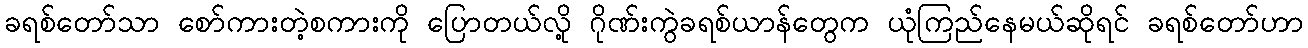
ခရစ်တော်သာ စော်ကားတဲ့စကားကို ပြောတယ်လို့ ဂိုဏ်းကွဲခရစ်ယာန်တွေက ယုံကြည်နေမယ်ဆိုရင် ခရစ်တော်ဟာ